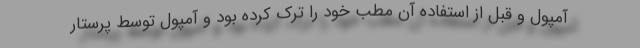
آمپول و قبل از استفاده آن مطب خود را ترک کرده بود و آمپول توسط پرستار